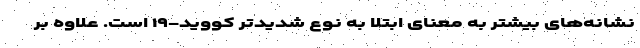
نشانه‌های بیشتر به معنای ابتلا به نوع شدیدتر کووید-۱۹ است. علاوه بر